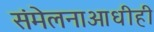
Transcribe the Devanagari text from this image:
संमेलनाआधीही